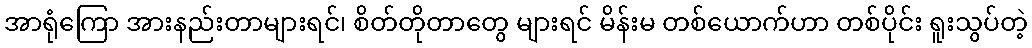
အာရုံကြော အားနည်းတာများရင်၊ စိတ်တိုတာတွေ များရင် မိန်းမ တစ်ယောက်ဟာ တစ်ပိုင်း ရူးသွပ်တဲ့